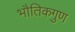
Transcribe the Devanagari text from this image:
भौतिकगुण